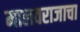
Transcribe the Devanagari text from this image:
मालवराजाचा